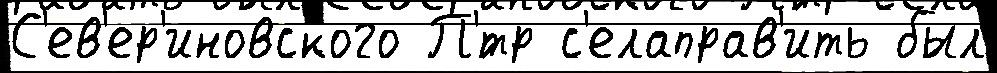
С'ев'ер'иновского П'́тр с'елаправ'ить был